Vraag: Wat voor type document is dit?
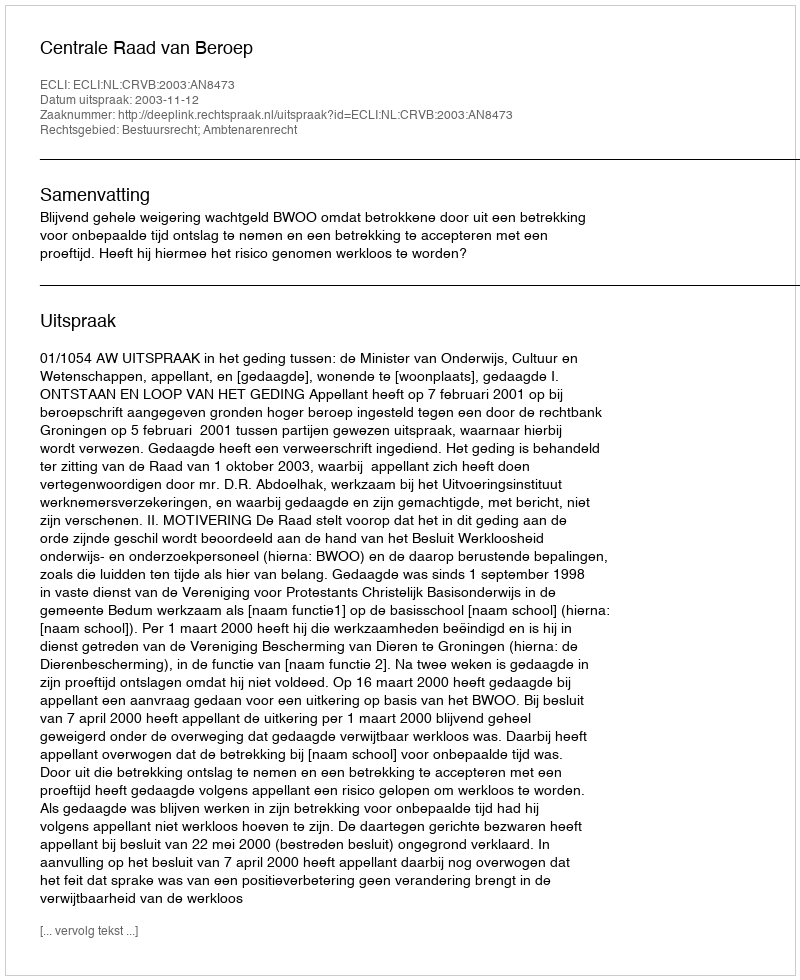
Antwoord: Uitspraak